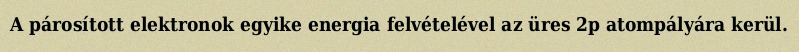
A párosított elektronok egyike energia felvételével az üres 2p atompályára kerül.